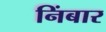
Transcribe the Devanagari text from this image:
निंबार